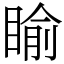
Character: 睮